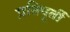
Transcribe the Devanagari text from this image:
प्रतिपूर्ती